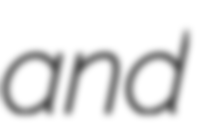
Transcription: and